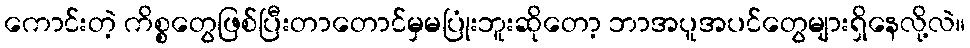
ကောင်းတဲ့ ကိစ္စတွေဖြစ်ပြီးတာတောင်မှမပြုံးဘူးဆိုတော့ ဘာအပူအပင်တွေများရှိနေလို့လဲ။